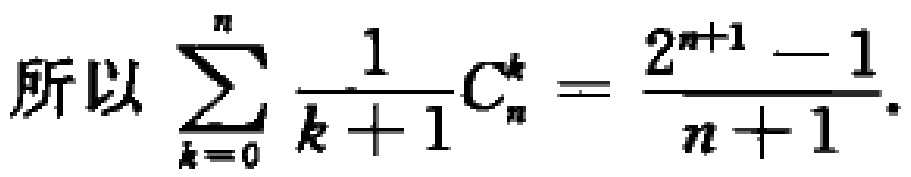
所以\(\sum_{k = 0}^{n} \frac{1}{k + 1}C_{n}^{k}=\frac{2^{n + 1}-1}{n + 1}\)。